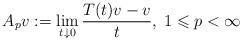
LaTeX: \begin{align*} A_p v := \lim_{t\downarrow 0}\frac{T(t)v-v}{t},\; 1\leqslant p<\infty\end{align*}